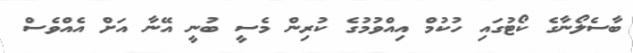
ބާސެލޯނާގެ ކޯޓުގައި ހުކުމް އިއްވުމުގެ ކުރިން މެސީ ބުނީ އޭނާ އަށް އެއްވެސް